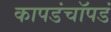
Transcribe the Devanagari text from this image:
कापडंचॉपडं